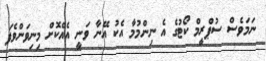
ނަމަވެސް ސުޕްރީމް ކޯޓުގެ އެ ނިންމުމާ އެކު އޭނާ ވަނީ އެއްކޮށް މިނިވަންވެފަ